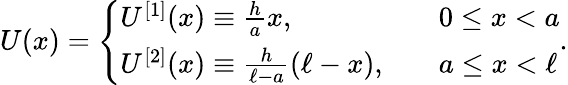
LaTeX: U(x)=\left\{ \begin{array}{ll}{U^{[1]}(x)\equiv\frac{h}{a}x,}&{\quad 0\leq x<a}\\ {U^{[2]}(x)\equiv\frac{h}{\ell-a}(\ell-x),}&{\quad a\leq x<\ell}\end{array}\right..